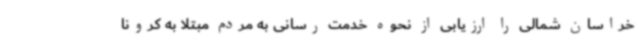
خراسان شمالی را ارزیابی از نحوه خدمت رسانی به مردم مبتلا به کرونا